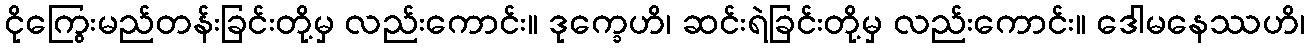
ငိုကြွေးမည်တန်းခြင်းတို့မှ လည်းကောင်း။ ဒုက္ခေဟိ၊ ဆင်းရဲခြင်းတို့မှ လည်းကောင်း။ ဒေါမနေဿဟိ၊